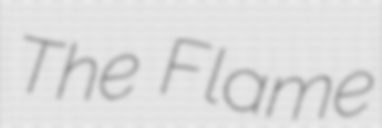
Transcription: The Flame